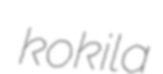
kokila